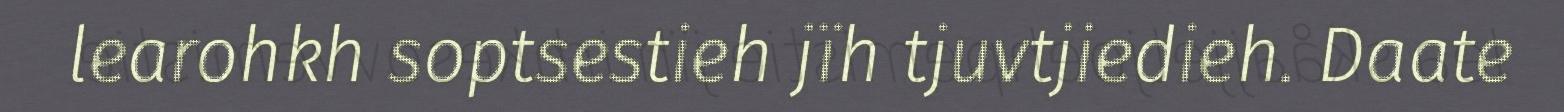
learohkh soptsestieh jïh tjuvtjiedieh. Daate